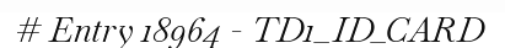
# Entry 18964 - TD1_ID_CARD